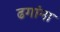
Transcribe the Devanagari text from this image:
ढगांना